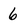
Character: 6